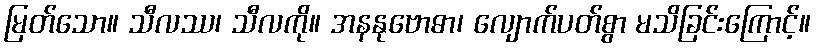
မြတ်သော။ သီလဿ၊ သီလကို။ အနနုဗောဓာ၊ လျောက်ပတ်စွာ မသိခြင်းကြောင့်။